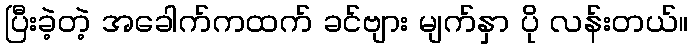
ပြီးခဲ့တဲ့ အခေါက်ကထက် ခင်ဗျား မျက်နှာ ပို လန်းတယ်။